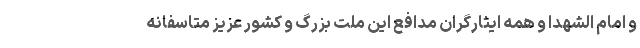
و امام الشهدا و همه ایثارگران مدافع این ملت بزرگ و کشور عزیز متاسفانه